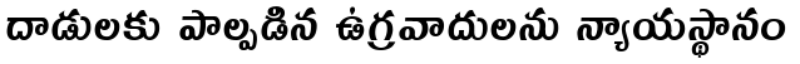
దాడులకు పాల్పడిన ఉగ్రవాదులను న్యాయస్థానం